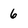
Character: 6